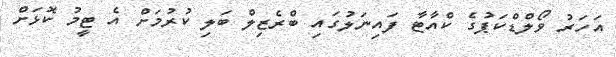
އަހަރު ވޯލްޑްކަޕުގެ ކްއާޓާ ފައިނަލުގައި ބްރެޒިލް ބަލި ކުރުމަށް އެ ޓީމު ކޮޅަށް